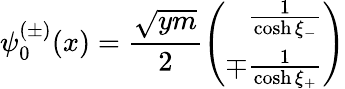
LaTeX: \psi_{0}^{(\pm)}(x)=\frac{\sqrt{ym}}{2}\left(\begin{array}{r}{{\frac{1}{\cosh\xi_{-}}}}\\ {{\mp\frac{1}{\cosh\xi_{+}}}}\end{array}\right)